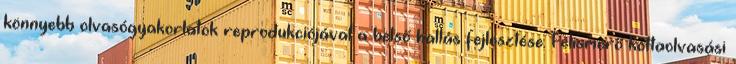
könnyebb olvasógyakorlatok reprodukciójával a belső hallás fejlesztése. Felismerő kottaolvasási